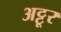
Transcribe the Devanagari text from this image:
अट्टूर